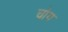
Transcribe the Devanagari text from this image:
चोग